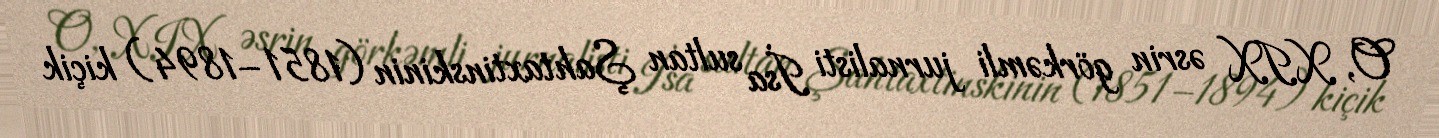
O, XIX əsrin görkəmli jurnalisti İsa sultan Şahtaxtinskinin (1851–1894) kiçik